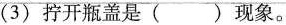
(3) 拧开瓶盖是( )现象。